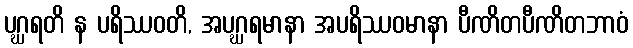
ပဂ္ဃရတိ န ပရိဿဝတိ, အပဂ္ဃရမာနာ အပရိဿဝမာနာ ပီဏိတပီဏိတဘာဝံ